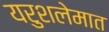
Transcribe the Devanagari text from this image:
यरुशलेमात